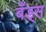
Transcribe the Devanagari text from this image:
बँड्स